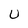
Character: U